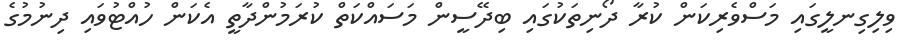
ވިލިގިނލީގައި މަސްވެރިކަން ކުރާ ދޯނިތަކުގައި ބިދޭސީން މަސައްކަތް ކުރަމުންދާތީ އެކަން ހުއްޓުވައި ދިނުމުގެ